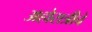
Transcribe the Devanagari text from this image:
अहोरात्रीचे